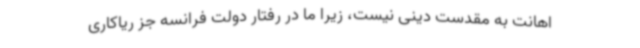
اهانت به مقدست دینی نیست، زیرا ما در رفتار دولت فرانسه جز ریاکاری